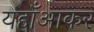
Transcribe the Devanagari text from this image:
यहाँआकर